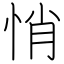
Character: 悄